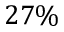
2 7 \%